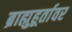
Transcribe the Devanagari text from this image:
ब्राह्मुहूर्तावर